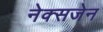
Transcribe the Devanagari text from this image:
नेक्सजेन